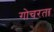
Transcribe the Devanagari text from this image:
गोचरता